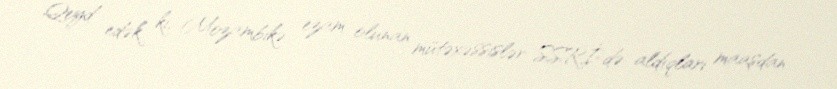
Qeyd edək ki, Mozambikə ezam olunan mütəxəssislər SSRİ-də aldıqları maaşdan